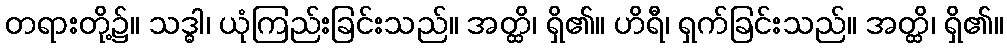
တရားတို့၌။ သဒ္ဓါ၊ ယုံကြည်းခြင်းသည်။ အတ္ထိ၊ ရှိ၏။ ဟိရီ၊ ရှက်ခြင်းသည်။ အတ္ထိ၊ ရှိ၏။